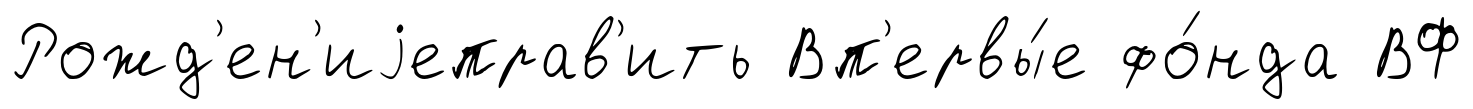
Рожд'ен'иjеправ'ить Вп'ервы́е фо́нда ВФ